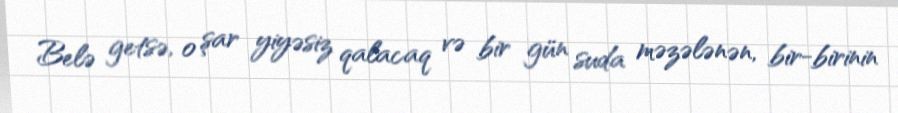
Belə getsə, o şar yiyəsiz qalacaq və bir gün suda məzələnən, bir-birinin